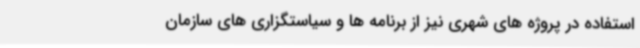
استفاده در پروژه های شهری نیز از برنامه ها و سیاستگزاری های سازمان